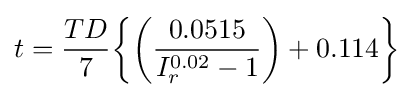
t={\frac {TD}{7}}{\biggl \{}{\biggl (}{\frac {0.0515}{I_{r}^{0.02}-1}}{\biggl )}+0.114{\biggl \}}